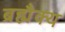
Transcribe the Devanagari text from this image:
ब्रह्मैक्य